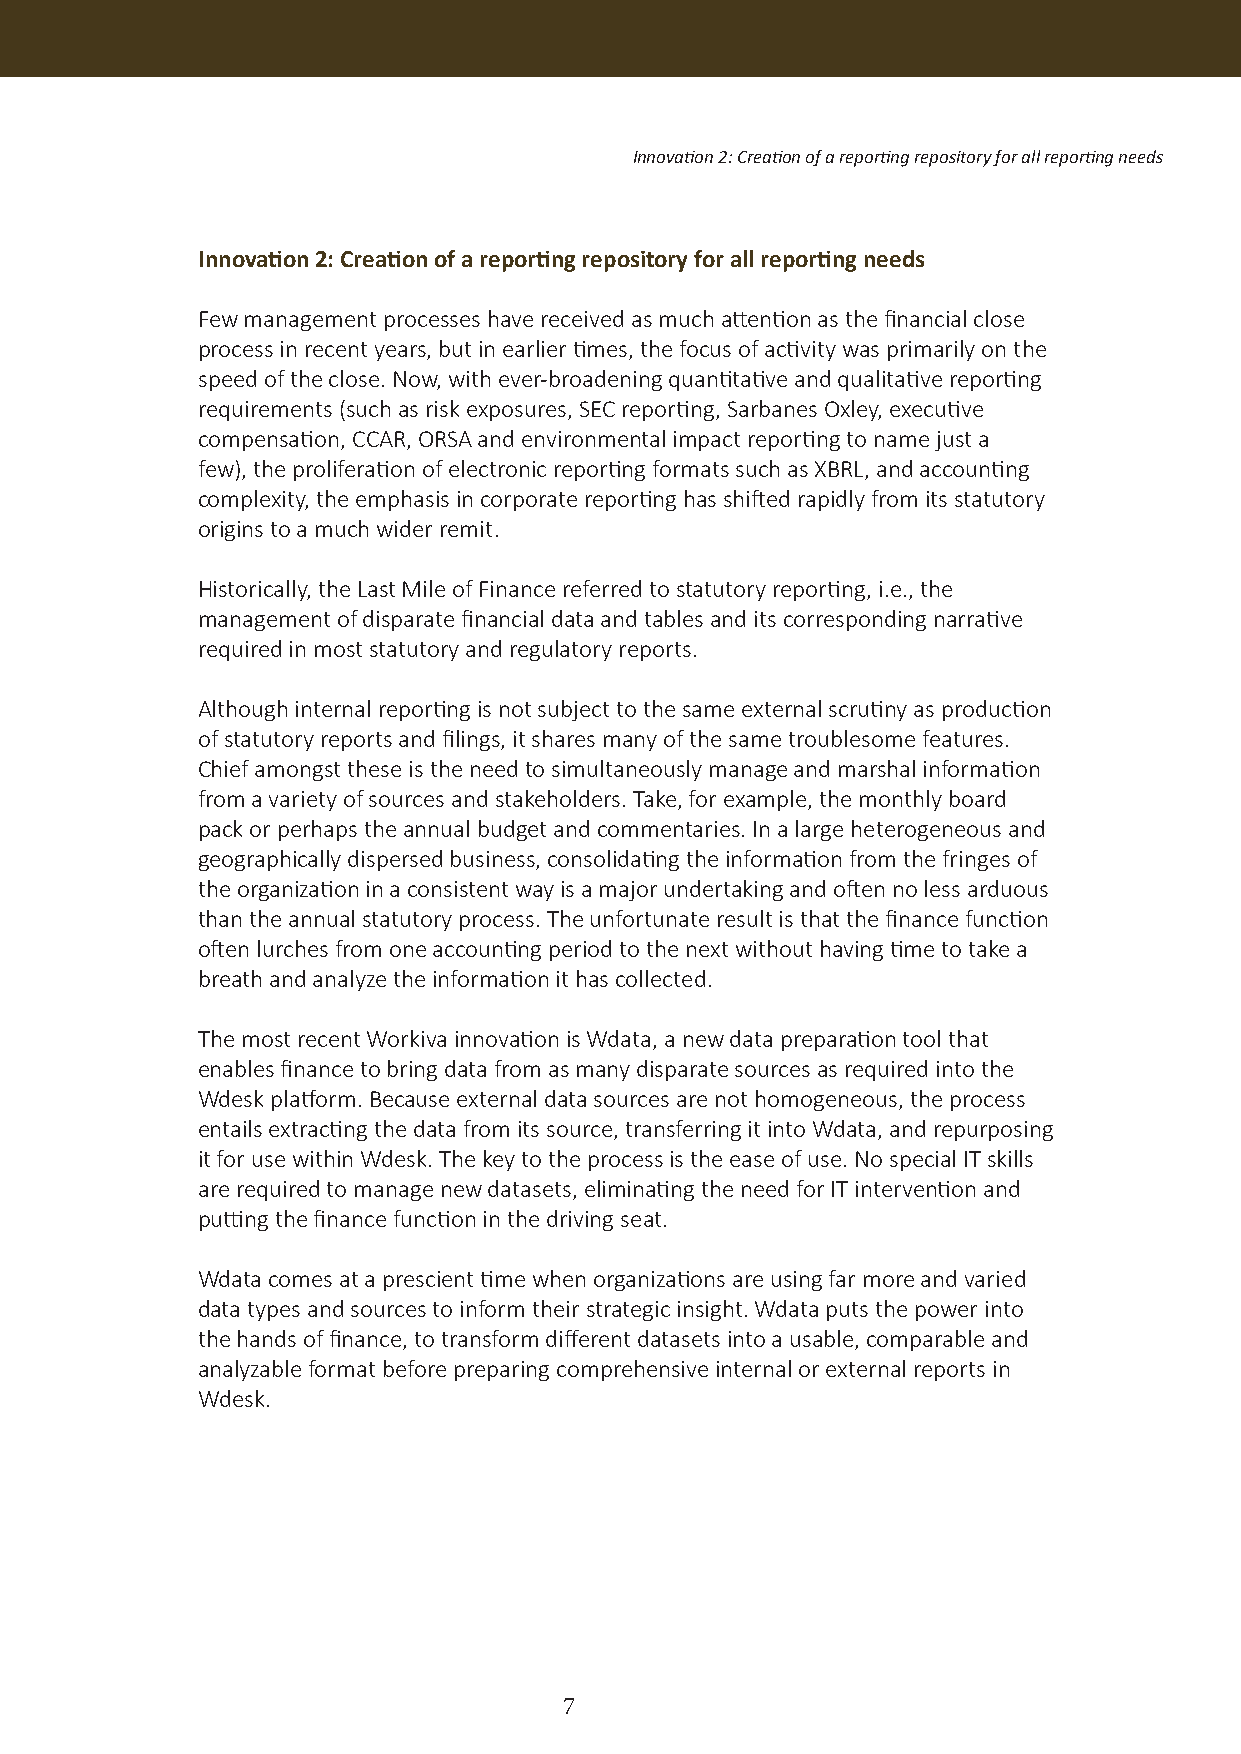
Innovation 2: Creation of a reporting repository for all reporting needs
 Innovation 2: Creation of a reporting repository for all reporting needs
 Few management processes have received as much attention as the financial close
 process in recent years, but in earlier times, the focus of activity was primarily on the
 speed of the close. Now, with ever-broadening quantitative and qualitative reporting
 requirements (such as risk exposures, SEC reporting, Sarbanes Oxley, executive
 compensation, CCAR, ORSA and environmental impact reporting to name just a
 few), the proliferation of electronic reporting formats such as XBRL, and accounting
 complexity, the emphasis in corporate reporting has shifted rapidly from its statutory
 origins to a much wider remit.
 Historically, the Last Mile of Finance referred to statutory reporting, i.e., the
 management of disparate financial data and tables and its corresponding narrative
 required in most statutory and regulatory reports.
 Although internal reporting is not subject to the same external scrutiny as production
 of statutory reports and filings, it shares many of the same troublesome features.
 Chief amongst these is the need to simultaneously manage and marshal information
 from a variety of sources and stakeholders. Take, for example, the monthly board
 pack or perhaps the annual budget and commentaries. In a large heterogeneous and
 geographically dispersed business, consolidating the information from the fringes of
 the organization in a consistent way is a major undertaking and often no less arduous
 than the annual statutory process. The unfortunate result is that the finance function
 often lurches from one accounting period to the next without having time to take a
 breath and analyze the information it has collected.
 The most recent Workiva innovation is Wdata, a new data preparation tool that
 enables finance to bring data from as many disparate sources as required into the
 Wdesk platform. Because external data sources are not homogeneous, the process
 entails extracting the data from its source, transferring it into Wdata, and repurposing
 it for use within Wdesk. The key to the process is the ease of use. No special IT skills
 are required to manage new datasets, eliminating the need for IT intervention and
 putting the finance function in the driving seat.
 Wdata comes at a prescient time when organizations are using far more and varied
 data types and sources to inform their strategic insight. Wdata puts the power into
 the hands of finance, to transform different datasets into a usable, comparable and
 analyzable format before preparing comprehensive internal or external reports in
 Wdesk.
 7